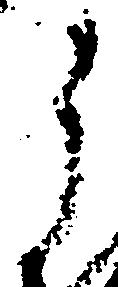
ら